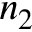
n _ { 2 }